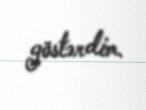
göstərdim.